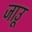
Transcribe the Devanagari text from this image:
जाउू